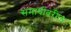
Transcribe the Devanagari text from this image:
समाधीवरील